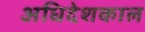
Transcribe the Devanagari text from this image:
अधिदेशकाल